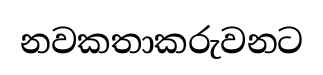
නවකතාකරුවනට